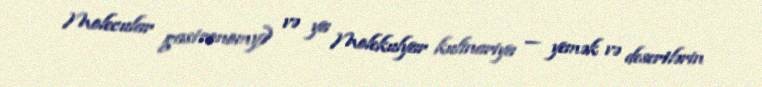
Molecular gastronomy) və ya Molekulyar kulinariya — yemək və desertlərin